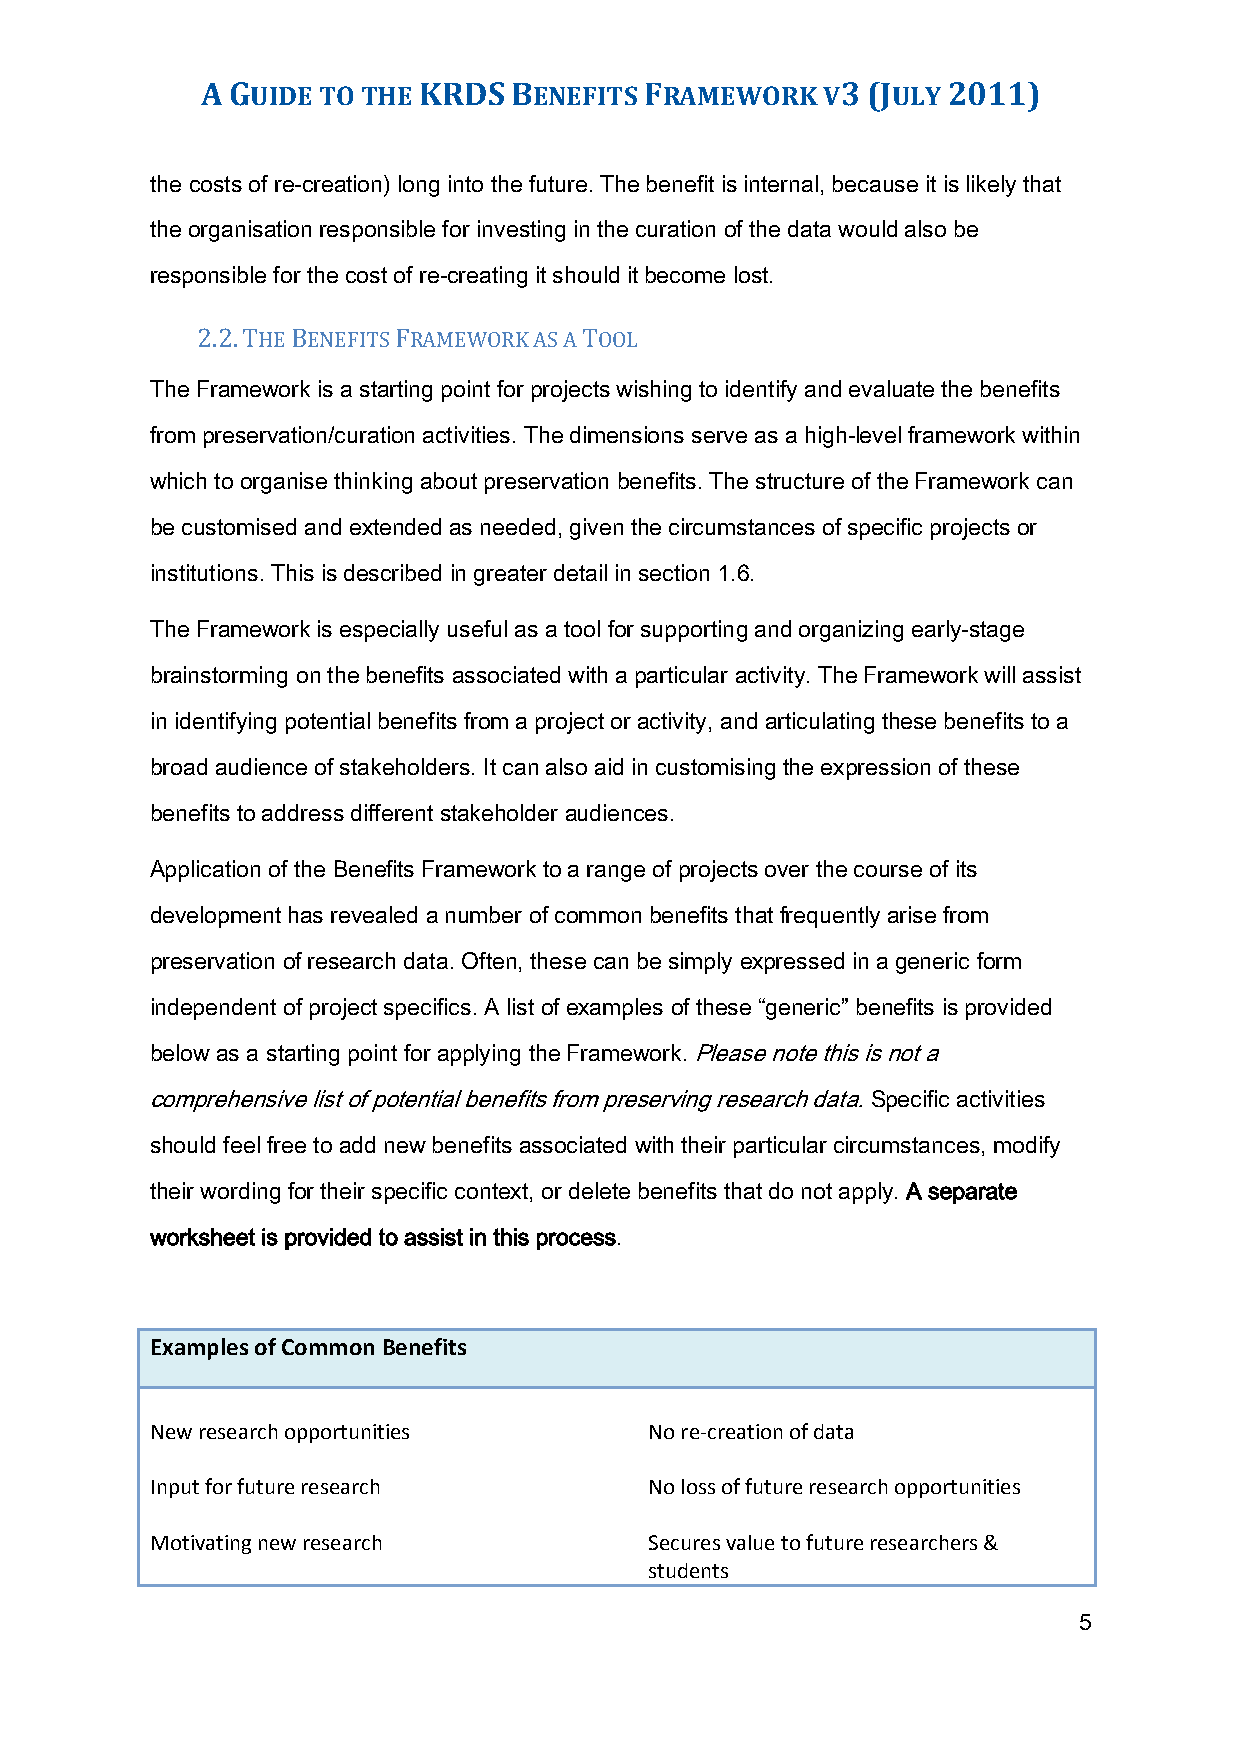
A GUIDE TO THE KRDS  BENEFITS FRAMEWORK  V3 (JULY 2011)
 the costs of re-creation) long into the future. The benefit is internal, because it is likely that
 the organisation responsible for investing in the curation of the data would also be
 responsible for the cost of re-creating it should it become lost.
 2.2. THE BENEFITS FRAMEWORK AS A TOOL
 The Framework is a starting point for projects wishing to identify and evaluate the benefits
 from preservation/curation activities. The dimensions serve as a high-level framework within
 which to organise thinking about preservation benefits. The structure of the Framework can
 be customised and extended as needed, given the circumstances of specific projects or
 institutions. This is described in greater detail in section 1.6.
 The Framework is especially useful as a tool for supporting and organizing early-stage
 brainstorming on the benefits associated with a particular activity. The Framework will assist
 in identifying potential benefits from a project or activity, and articulating these benefits to a
 broad audience of stakeholders. It can also aid in customising the expression of these
 benefits to address different stakeholder audiences.
 Application of the Benefits Framework to a range of projects over the course of its
 development has revealed a number of common benefits that frequently arise from
 preservation of research data. Often, these can be simply expressed in a generic form
 independent of project specifics. A list of examples of these “generic” benefits is provided
 below as a starting point for applying the Framework. Please note this is not a
 comprehensive list of potential benefits from preserving research data. Specific activities
 should feel free to add new benefits associated with their particular circumstances, modify
 their wording for their specific context, or delete benefits that do not apply. A separate
 worksheet is provided to assist in this process.
 Examples of Common Benefits
 New research opportunities       No re-creation of data
 Input for future research        No loss of future research opportunities
 Motivating new research          Secures value to future researchers &
 students
 5